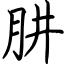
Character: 肼